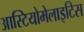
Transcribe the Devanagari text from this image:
आस्टियोमेलाइटिस